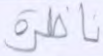
ناظرة